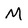
Character: M